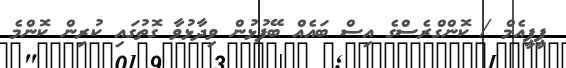
ޕީޕީއެމް / ކޮންގްރެސްގެ އިސް ބައެއް ބޭފުޅުން ވިދާޅުވާ ގޮތުގައި ކުރިން ކޮންމެ